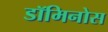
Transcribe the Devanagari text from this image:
डॉमिनोस